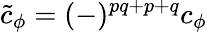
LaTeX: \tilde{c}_{\phi}=(-)^{pq+p+q}c_{\phi}